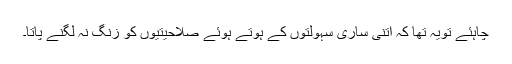
چاہئے تویہ تھا کہ اتنی ساری سہولتوں کے ہوتے ہوئے صلاحیتیوں کو زنگ نہ لگنے پاتا۔